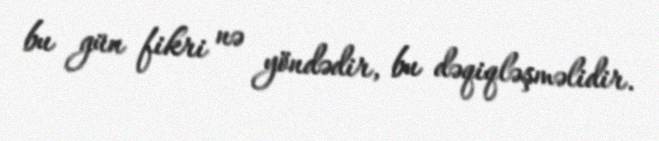
bu gün fikri nə yöndədir, bu dəqiqləşməlidir.